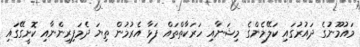
މައުމޫނުގެ ދައުރުގައި ކަލޭމެންގެ މިޝަނާއި ހަރަކާތްތައް ފަޅާ އެރުމުން ތިޔަ ދެމަފިރިންނާއި ކޮށީގޭގައި